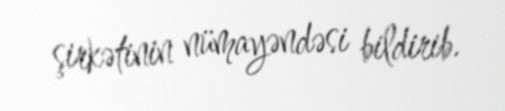
şirkətinin nümayəndəsi bildirib.